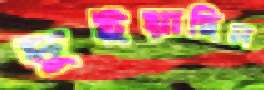
দুইয়াছিল